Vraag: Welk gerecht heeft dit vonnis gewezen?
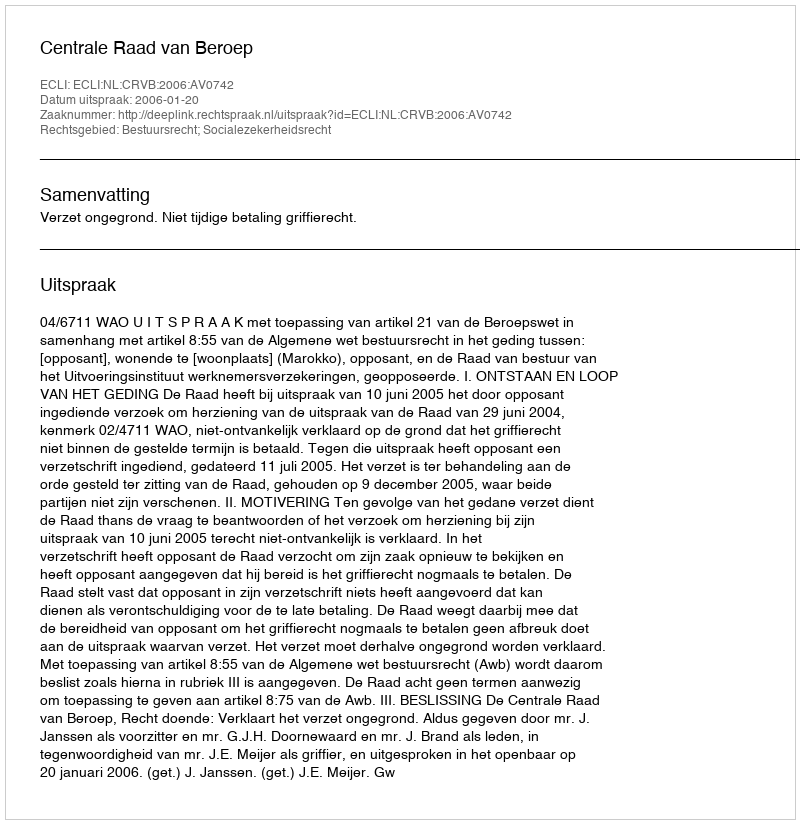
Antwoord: Centrale Raad van Beroep